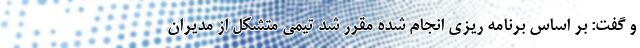
و گفت: بر اساس برنامه ریزی انجام شده مقرر شد تیمی متشکل از مدیران